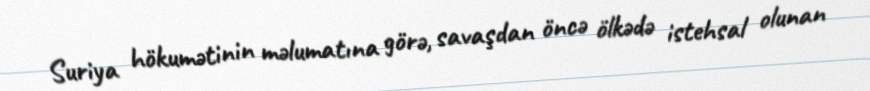
Suriya hökumətinin məlumatına görə, savaşdan öncə ölkədə istehsal olunan